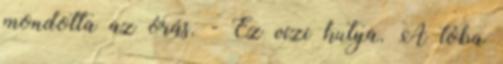
mondotta az órás. - Ez vízi kutya. A tóba